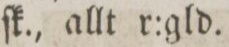
ſk., allt r:gld.